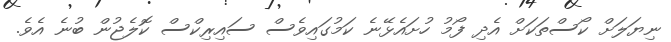
ނިޔަލަށް ކޯސްތަކަށް އެދި ފޯމު ހުށައެޅޭނެ ކަމުގައިވެސް ސައިރިކްސް ކޮލެޖުން ބުނެ އެވެ.